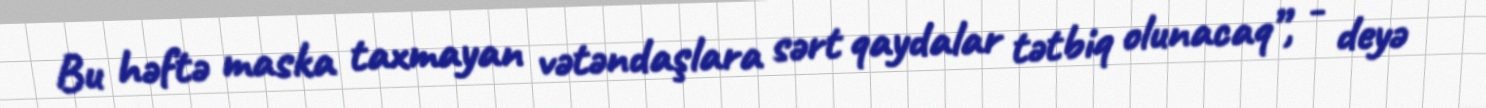
Bu həftə maska taxmayan vətəndaşlara sərt qaydalar tətbiq olunacaq”, - deyə